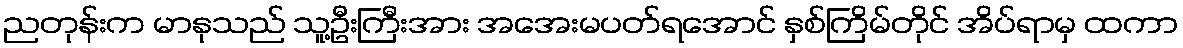
ညတုန်းက မာနုသည် သူ့ဦးကြီးအား အအေးမပတ်ရအောင် နှစ်ကြိမ်တိုင် အိပ်ရာမှ ထကာ